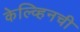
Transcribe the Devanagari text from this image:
केल्व्हिनची